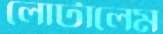
লোটালেম